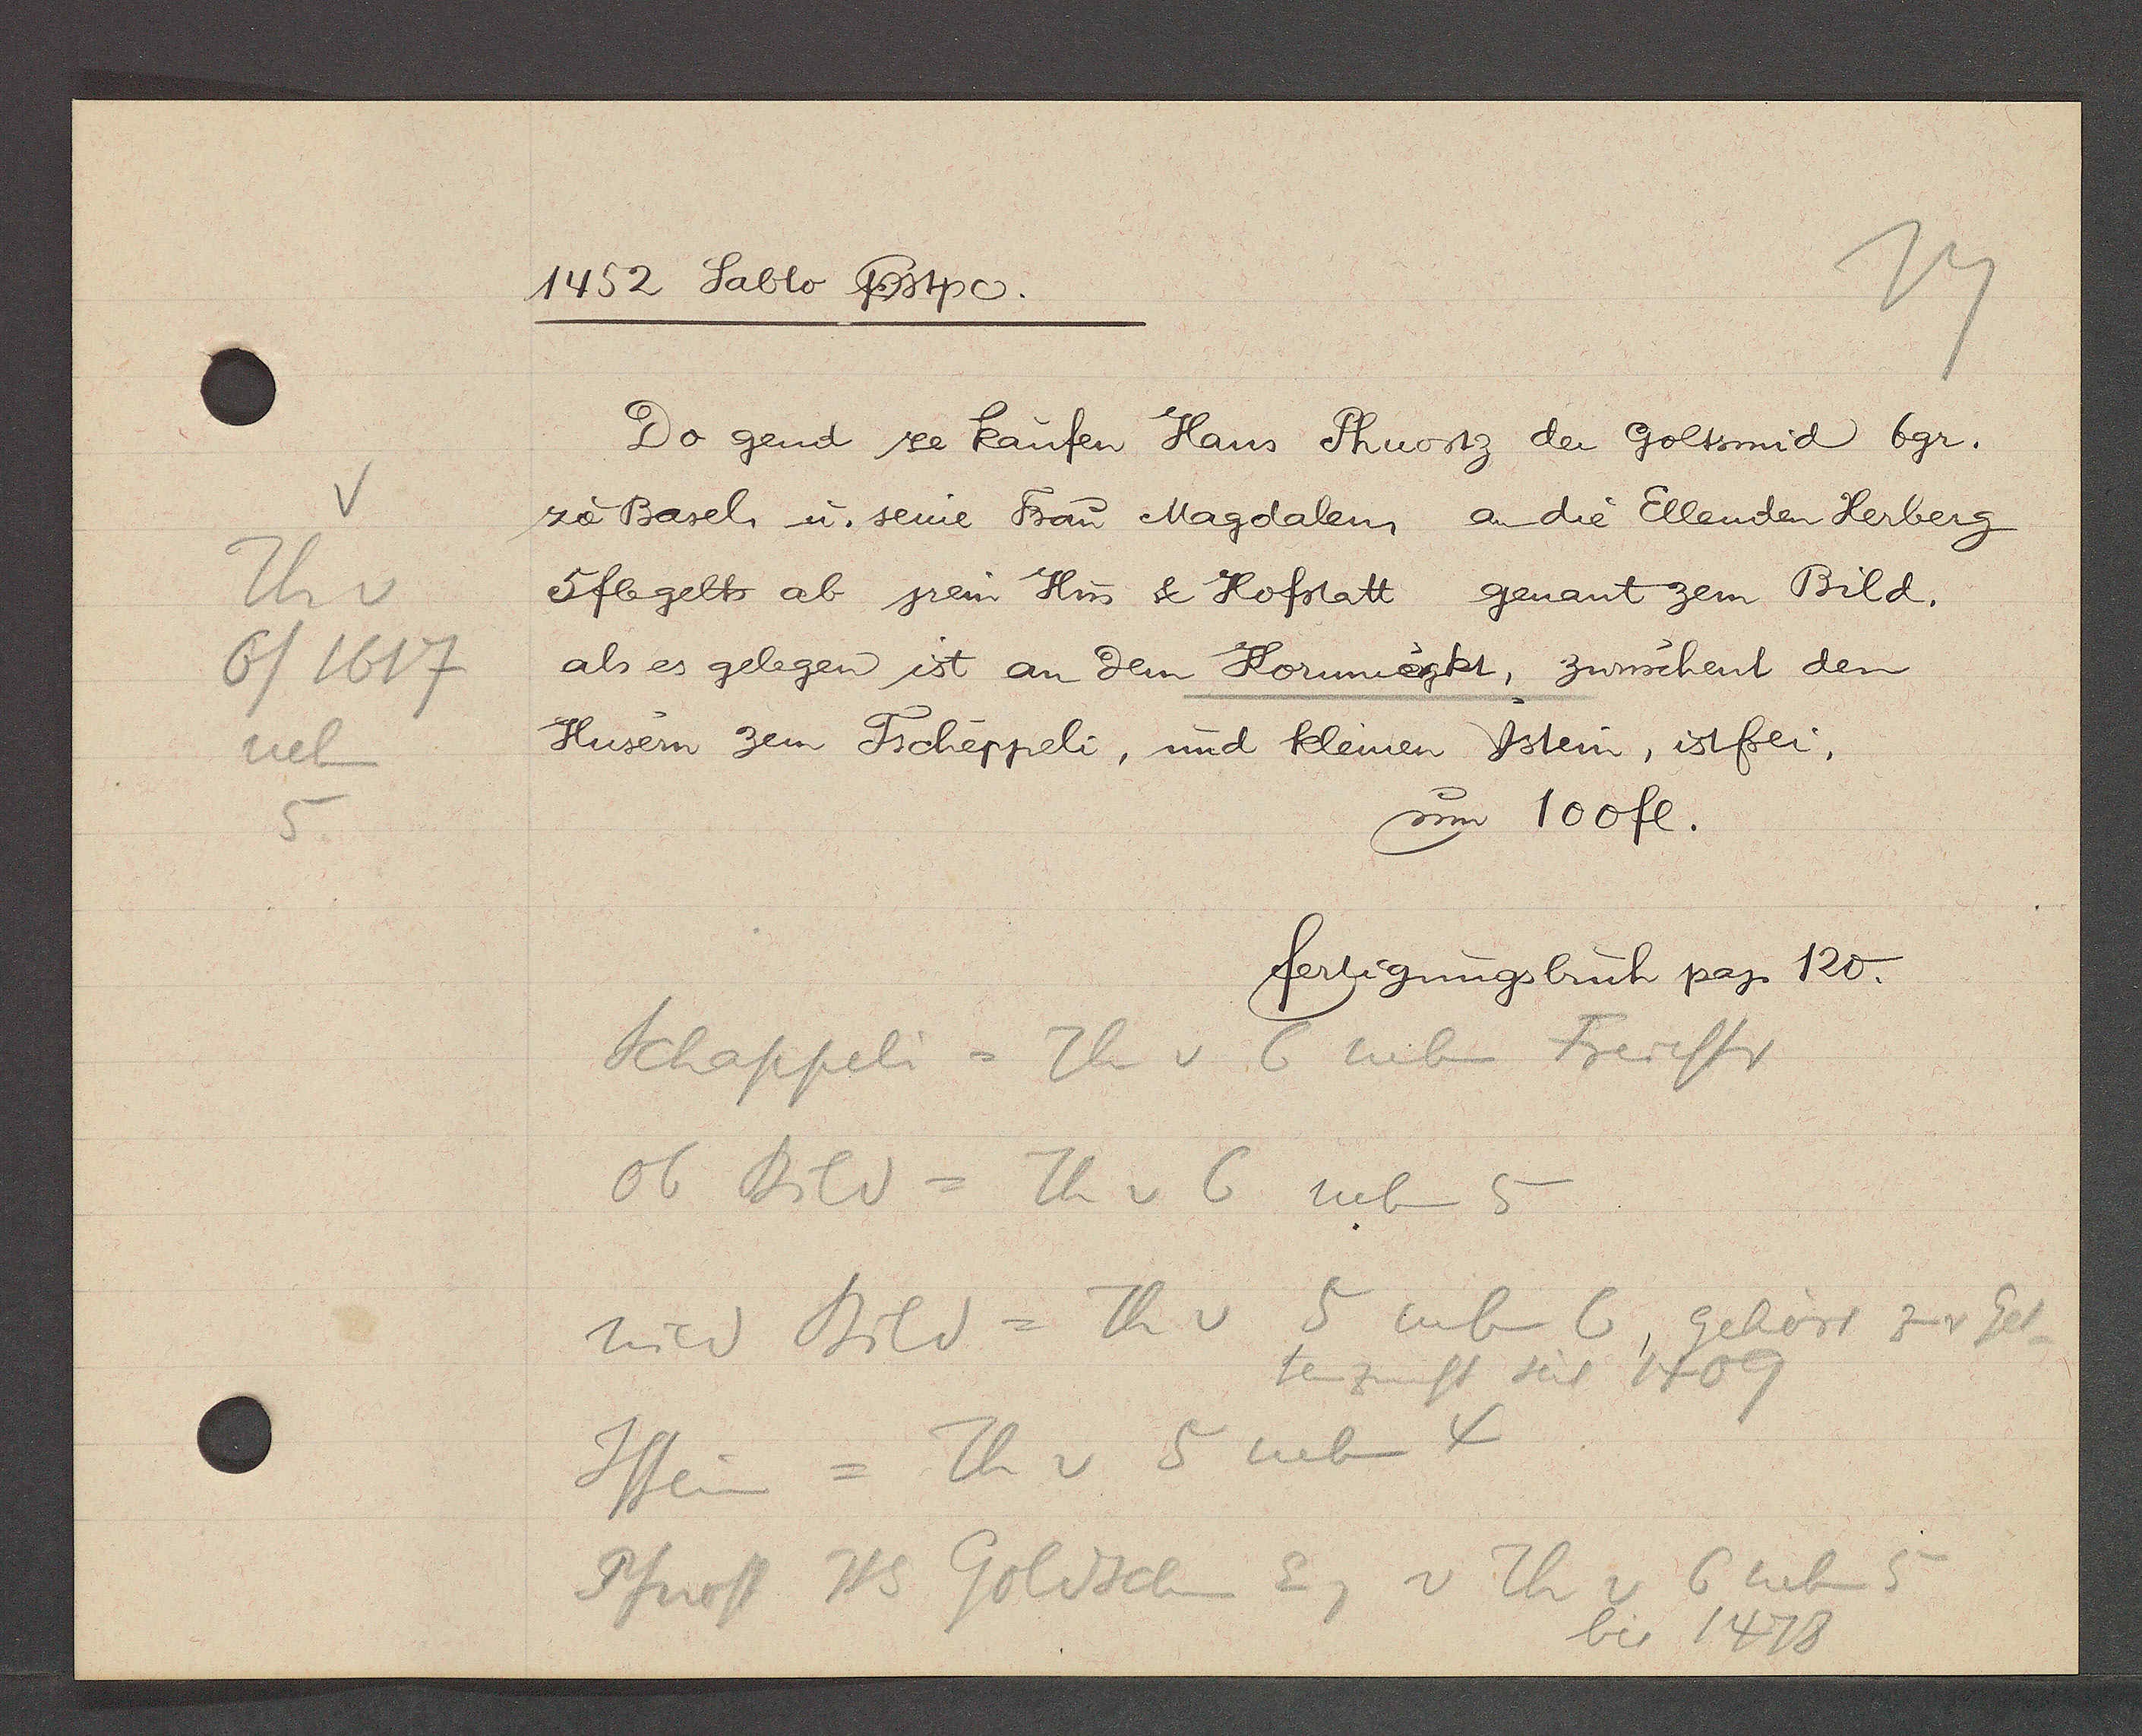
Transcript:
V
Th v
6/1617
neben
5

1452 Sablo Qostpe.

Do gend ze kaufen Hans Phuostz der Goltsmid bgr.
ze Basel, u. seine Frau Magdalen, an die Elleuden Herberg
5 fl gelts ab jrem Hus & Hofstatt genant zem Bild.
als es gelegen ist an dem Kornmergkt, zwüschent den
Husern zem Tscheppeli, und kleinen Ystein, ist frei.
um 100 fl.

fertigungsbuch pag. 120.

Schappeli = Th v 6 neben Freiestr
Ob Bild = Th v 6 neben 5
nicht Bild = Th v 5 neben 6, gehört zur Gel
tenzunft seit 1409
Jstein = Th v 5 neben 4
Pfuost Hs Goldschm Eig v Th v 6 neben 5
bis 1478